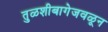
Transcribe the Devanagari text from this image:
तुळशीबागेजवळून